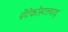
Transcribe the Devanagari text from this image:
पेंटेकोस्टलवाद